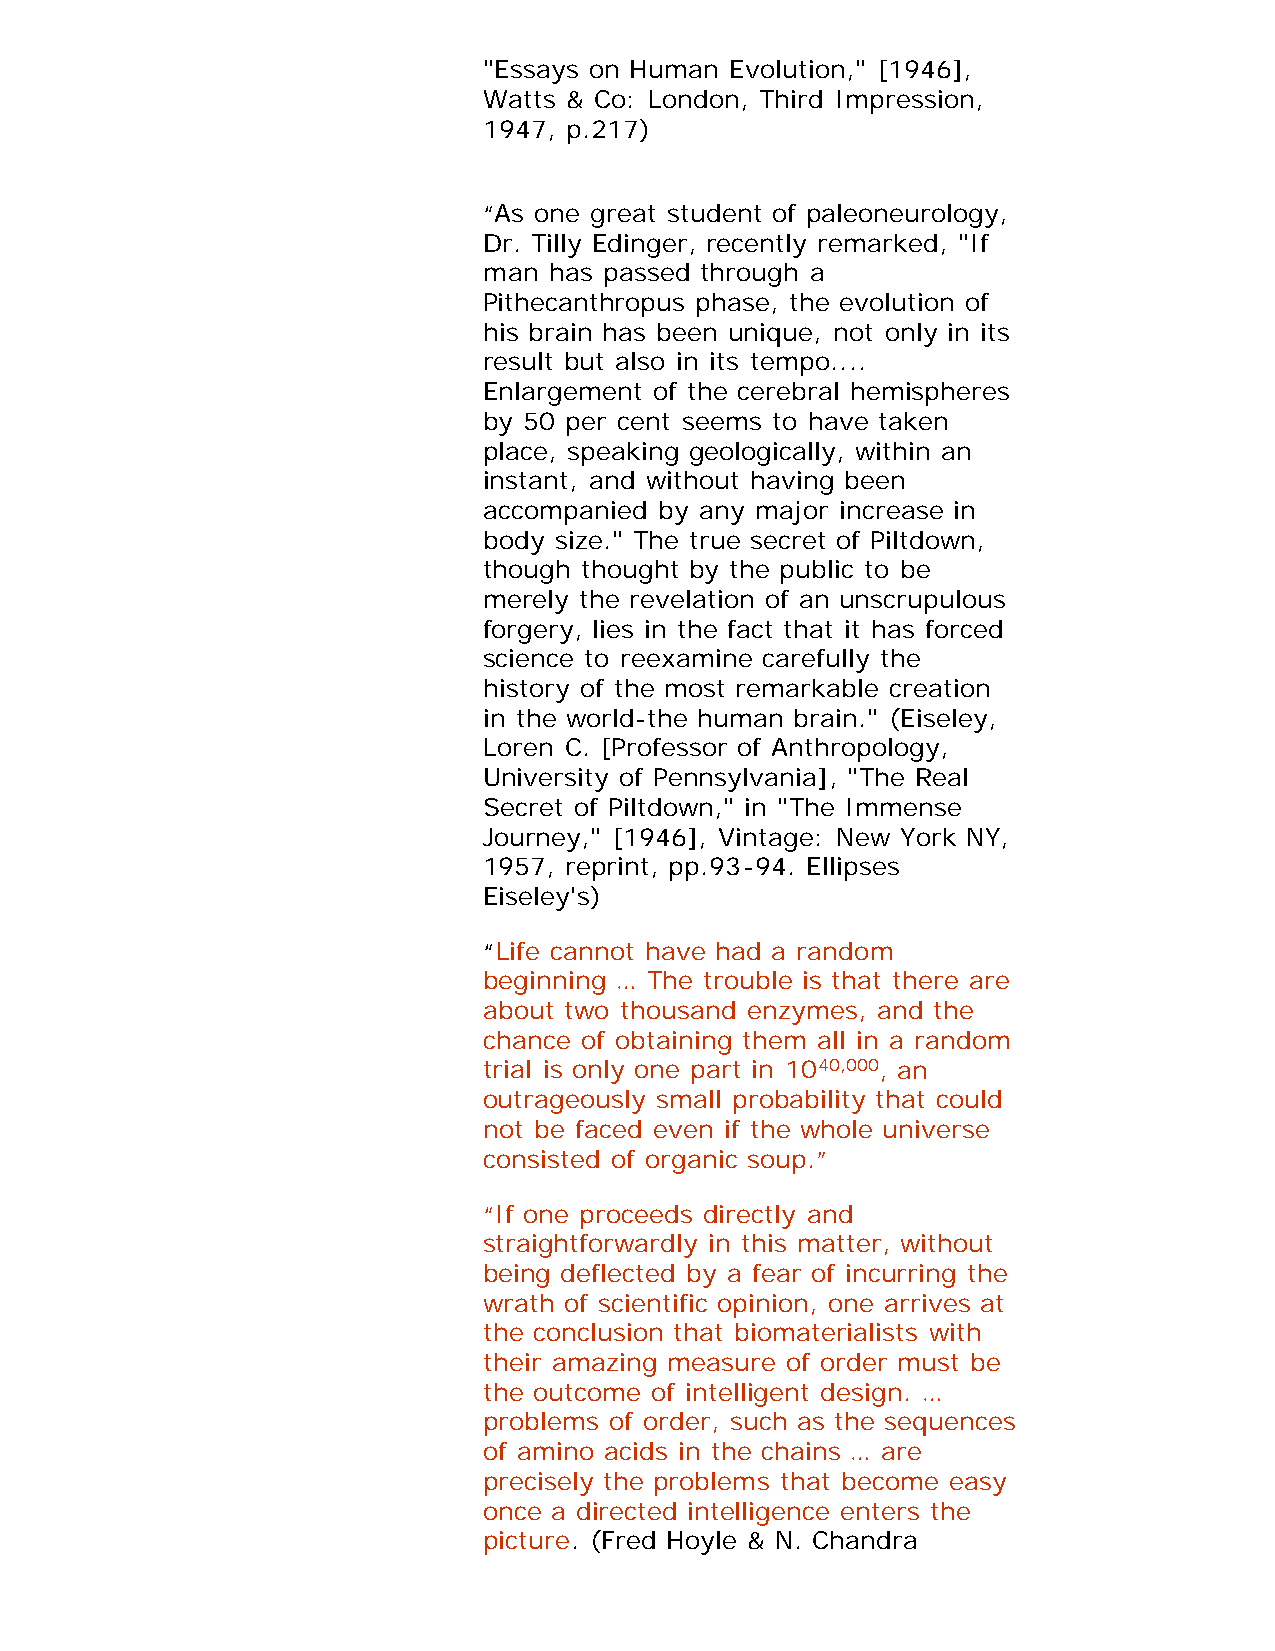
"Essays on Human Evolution," [1946],
 Watts & Co: London, Third Impression,
 1947, p.217)
 “As one great student of paleoneurology,
 Dr. Tilly Edinger, recently remarked, "If
 man has passed through a
 Pithecanthropus phase, the evolution of
 his brain has been unique, not only in its
 result but also in its tempo....
 Enlargement of the cerebral hemispheres
 by 50 per cent seems to have taken
 place, speaking geologically, within an
 instant, and without having been
 accompanied by any major increase in
 body size." The true secret of Piltdown,
 though thought by the public to be
 merely the revelation of an unscrupulous
 forgery, lies in the fact that it has forced
 science to reexamine carefully the
 history of the most remarkable creation
 in the world-the human brain." (Eiseley,
 Loren C. [Professor of Anthropology,
 University of Pennsylvania], "The Real
 Secret of Piltdown," in "The Immense
 Journey," [1946], Vintage: New York NY,
 1957, reprint, pp.93-94. Ellipses
 Eiseley's)
 “Life cannot have had a random
 beginning … The trouble is that there are
 about two thousand enzymes, and the
 chance of obtaining them all in a random
 trial is only one part in 1040,000, an
 outrageously small probability that could
 not be faced even if the whole universe
 consisted of organic soup.”
 “If one proceeds directly and
 straightforwardly in this matter, without
 being deflected by a fear of incurring the
 wrath of scientific opinion, one arrives at
 the conclusion that biomaterialists with
 their amazing measure of order must be
 the outcome of intelligent design. …
 problems of order, such as the sequences
 of amino acids in the chains … are
 precisely the problems that become easy
 once a directed intelligence enters the
 picture. (Fred Hoyle & N. Chandra